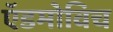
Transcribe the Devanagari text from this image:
ऍडमोविच